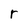
Character: r